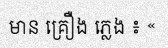
មាន គ្រឿង ភ្លេង ៖ «